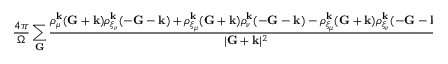
\frac { 4 \pi } { \Omega } \sum _ { \mathbf { G } } \frac { \rho _ { \mu } ^ { \mathbf { k } } ( \mathbf { G } + \mathbf { k } ) \rho _ { \xi _ { \nu } } ^ { \mathbf { k } } ( - \mathbf { G } - \mathbf { k } ) + \rho _ { \xi _ { \mu } } ^ { \mathbf { k } } ( \mathbf { G } + \mathbf { k } ) \rho _ { \nu } ^ { \mathbf { k } } ( - \mathbf { G } - \mathbf { k } ) - \rho _ { \xi _ { \mu } } ^ { \mathbf { k } } ( \mathbf { G } + \mathbf { k } ) \rho _ { \xi _ { \nu } } ^ { \mathbf { k } } ( - \mathbf { G } - \mathbf { k } ) } { | \mathbf { G } + \mathbf { k } | ^ { 2 } }